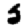
Digit: 5